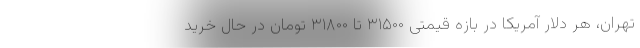
تهران، هر دلار آمریکا در بازه قیمتی ۳۱۵۰۰ تا ۳۱۸۰۰ تومان در حال خرید